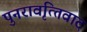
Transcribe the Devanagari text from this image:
पुनरावृत्‍तिवाद